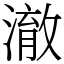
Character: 澈